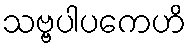
သဗ္ဗပါပကေဟိ